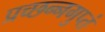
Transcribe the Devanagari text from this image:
प्रच्छन्नगुप्तं